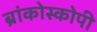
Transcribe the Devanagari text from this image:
ब्रांकोस्कोपी